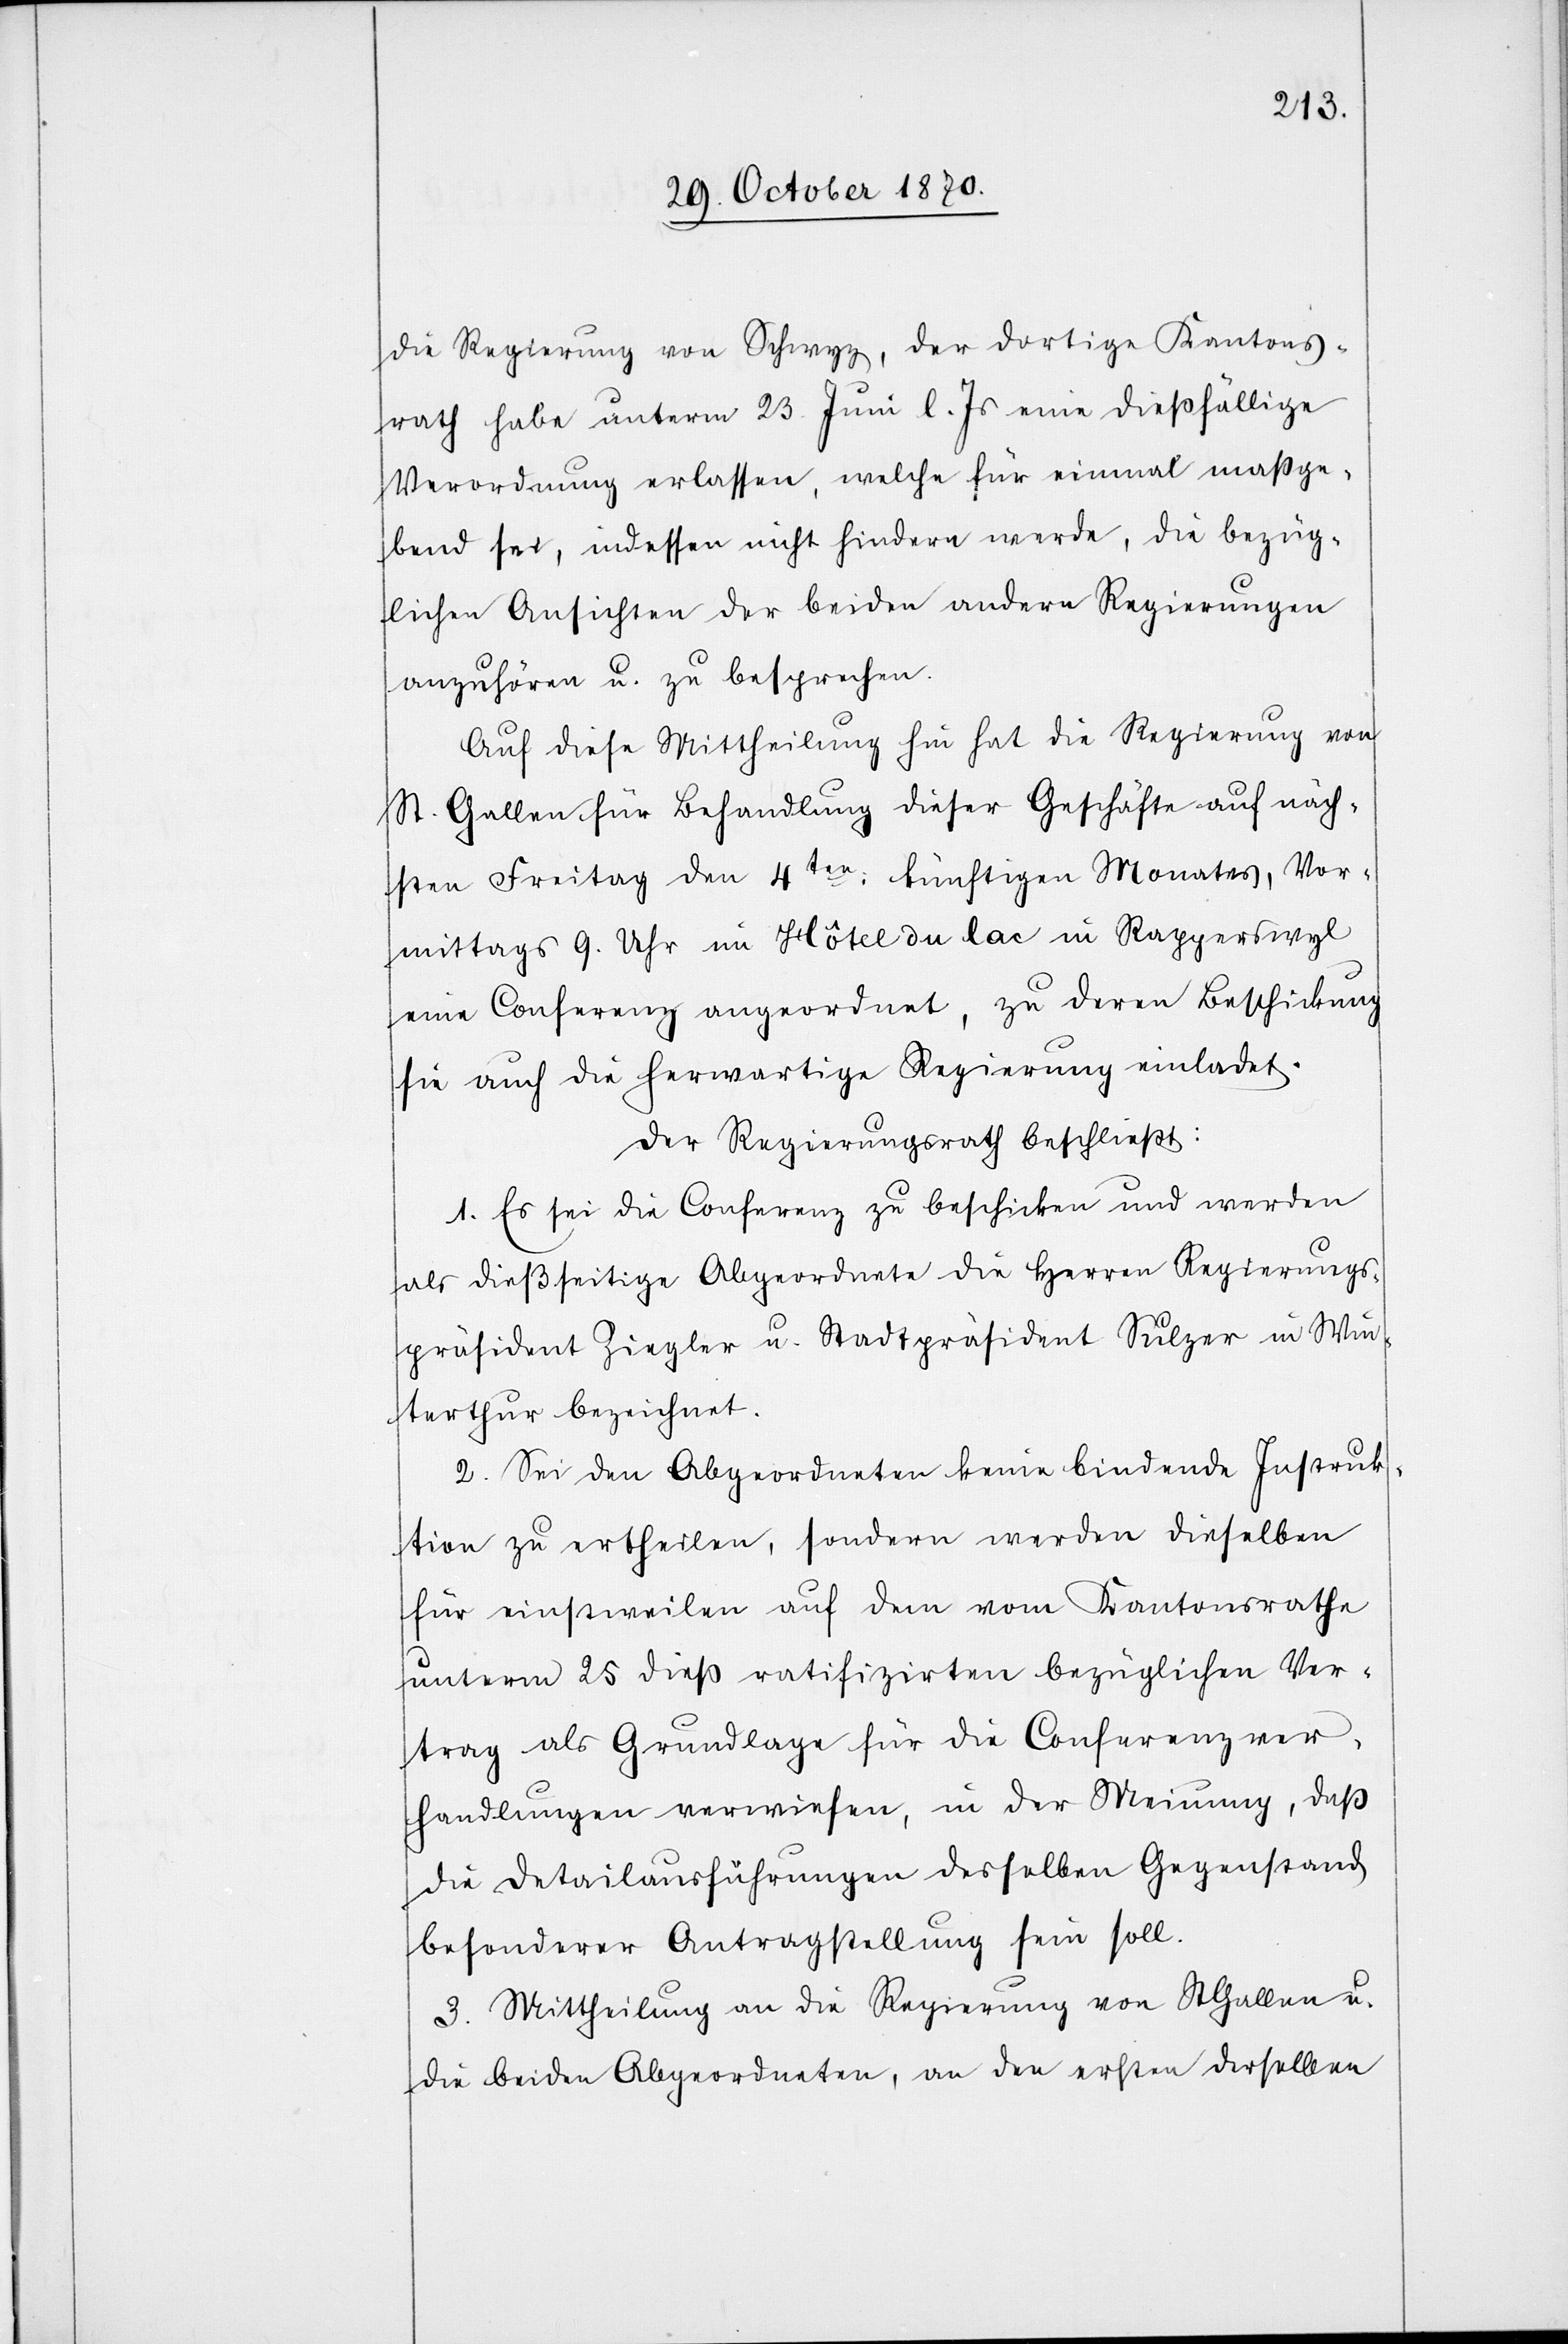
die Regierung von Schwyz, der dortige Kantons¬
rath habe unterm 23. Juni l. Js. eine dießfällige
Verordnung erlassen, welche für einmal maßge¬
bend sei, indessen nicht hindern werde, die bezüg¬
lichen Ansichten der beiden andern Regierungen
anzuhören u. zu besprechen.
Auf diese Mittheilung hin hat die Regierung von
St. Gallen für Behandlung dieser Geschäfte auf näch¬
sten Freitag den 4ten: künftigen Monates, Vor¬
mittags 9. Uhr im Hôtel du lac in Rapperswyl
eine Conferenz angeordnet, zu deren Beschickung
sie auch die herwärtige Regierung einladet.
Der Regierungsrath beschließt:
1. Es sei die Conferenz zu beschicken und werden
als dießseitige Abgeordnete die Herren Regierungs¬
präsident Ziegler u. Stadtpräsident Sulzer in Win¬
terthur bezeichnet.
2. Sei den Abgeordneten keine bindende Instruk¬
tion zu ertheilen, sondern werden dieselben
für einstweilen auf dem vom Kantonsrathe
unterm 25 dieß ratifizirten bezüglichen Ver¬
trag als Grundlage für die Conferenzver¬
handlungen verwiesen, in der Meinung, daß
die Detailausführungen desselben Gegenstand
besonderer Antragstellung sein soll.
3. Mittheilung an die Regierung von St. Gallen u.
die beiden Abgeordneten, an den ersten derselben